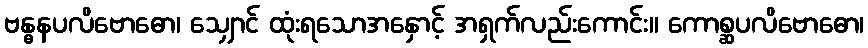
ဗန္ဓနပလိဗောဓော၊ သျှောင် ထုံးရသောအနှောင့် အရှက်လည်းကောင်း။ ကောစ္ဆပလိဗောဓော၊